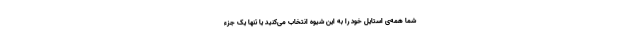
شما همه‌ی استایل خود را به این شیوه انتخاب می‌کنید یا تنها یک جزء